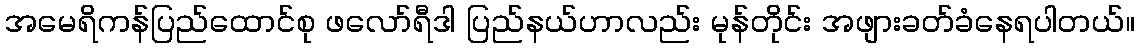
အမေရိကန်ပြည်ထောင်စု ဖလော်ရီဒါ ပြည်နယ်ဟာလည်း မုန်တိုင်း အဖျားခတ်ခံနေရပါတယ်။